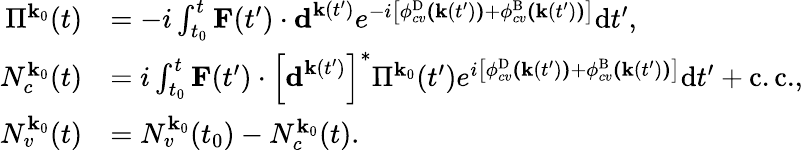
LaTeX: \begin{array}{rl}{\Pi^{\textbf{k}_{0}}(t)}&{=-i\int_{t_{0}}^{t}\textbf{F}(t^{\prime})\cdot\textbf{d}^{\textbf{k}(t^{\prime})}e^{-i\left[\phi_{cv}^{\mathrm{D}}\textbf{(}\textbf{k}(t^{\prime})\textbf{)}+\phi_{cv}^{\mathrm{B}}\textbf{(}\textbf{k}(t^{\prime})\textbf{)}\right]}\mathrm{d}t^{\prime},}\\ {N_{c}^{\textbf{k}_{0}}(t)}&{=i\int_{t_{0}}^{t}\textbf{F}(t^{\prime})\cdot\left[\textbf{d}^{\textbf{k}(t^{\prime})}\right]^{*}\Pi^{\textbf{k}_{0}}(t^{\prime})e^{i\left[\phi_{cv}^{\mathrm{D}}\textbf{(}\textbf{k}(t^{\prime})\textbf{)}+\phi_{cv}^{\mathrm{B}}\textbf{(}\textbf{k}(t^{\prime})\textbf{)}\right]}\mathrm{d}t^{\prime}+\mathrm{c.c.},}\\ {N_{v}^{\textbf{k}_{0}}(t)}&{=N_{v}^{\textbf{k}_{0}}(t_{0})-N_{c}^{\textbf{k}_{0}}(t).}\end{array}